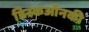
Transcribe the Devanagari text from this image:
डिस्कऑनकी